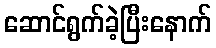
ဆောင်ရွက်ခဲ့ပြီးနောက်